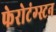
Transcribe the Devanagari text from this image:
फेरोटंग्स्टन